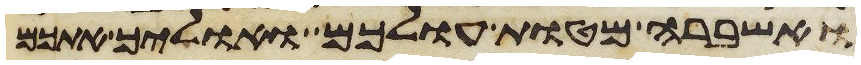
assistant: ואשברה מטות עולכם ואוליך אתכם